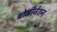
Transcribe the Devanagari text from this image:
ब्रोमीनेशन